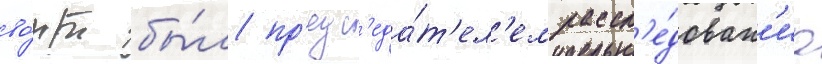
во́рт бы́л пр'едс'еда́т'ел'ем рассл'е́дован'иа